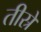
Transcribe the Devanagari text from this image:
तीस्रे